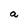
Character: a